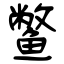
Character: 鳖